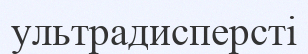
ультрадисперсті